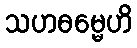
သဟဓမ္မေဟိ